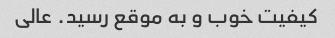
کیفیت خوب و به موقع رسید. عالی